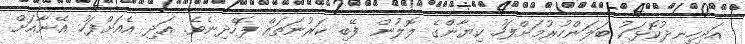
އަދިހިނދުކޮޅަކު ބަލަންހުރުމަށްފަހު ކިޔާންގެ ލޮލުން ފޭބި ކަރުނަތައް ފޮހެދިނެވެ. އަދި އެއަށްފަހު އޭނާއަށް